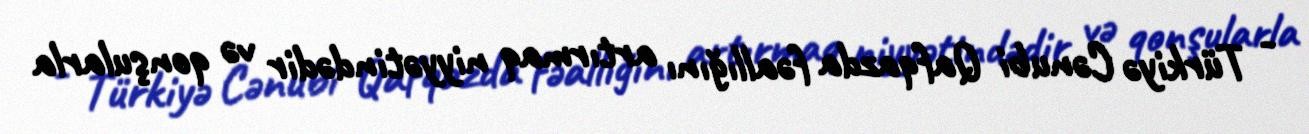
- Türkiyə Cənubi Qafqazda fəallığını artırmaq niyyətindədir və qonşularla